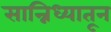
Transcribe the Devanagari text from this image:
सान्निध्यातून